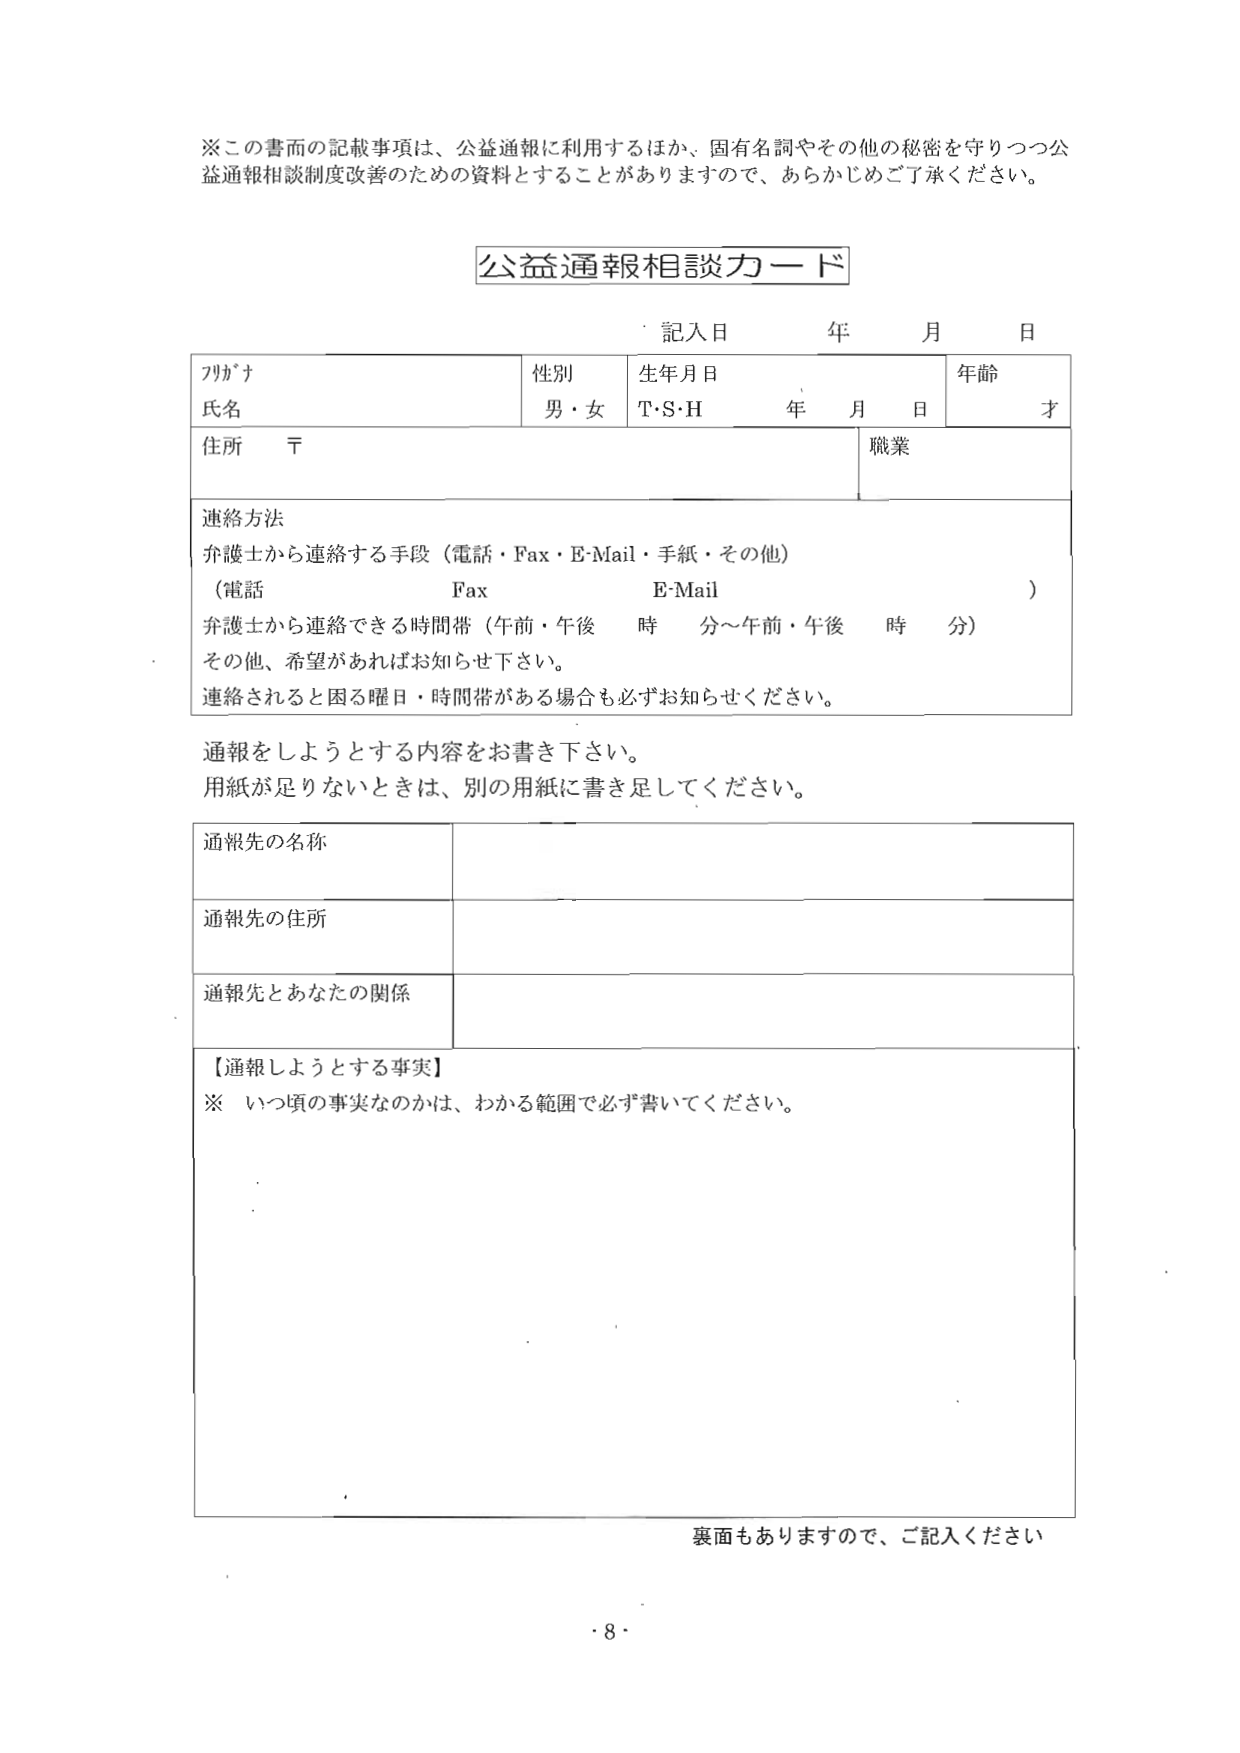
※この書面の記載事項は、公益通報に利用するほか、固有名詞やその他の秘密を守りつつ公益通報相談制度改善のための資料とすることがありますので、あらかじめご了承ください。

公益通報相談カード

記入日 年 月 日

フリガナ
氏名
性別 男・女
生年月日 T・S・H 年 月 日
年齢 才

住所 〒
職業

連絡方法
弁護士から連絡する手段（電話・Fax・E-Mail・手紙・その他）
（電話 Fax E-Mail ）
弁護士から連絡できる時間帯（午前・午後 時 分～午前・午後 時 分）
その他、希望があればお知らせ下さい。
連絡されると困る曜日・時間帯がある場合も必ずお知らせください。

通報をしようとする内容をお書き下さい。
用紙が足りないときは、別の用紙に書き足してください。

通報先の名称

通報先の住所

通報先とあなたの関係

【通報しようとする事実】
※ いつ頃の事実なのかは、わかる範囲で必ず書いてください。

裏面もありますので、ご記入ください

・8・